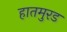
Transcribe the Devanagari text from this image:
हातमुरड